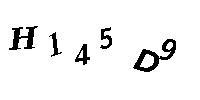
H145D9